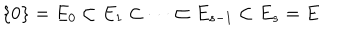
LaTeX: \{ 0 \} = E _ { 0 } \subset E _ { 1 } \subset \cdots \subset E _ { s - 1 } \subset E _ { s } = E